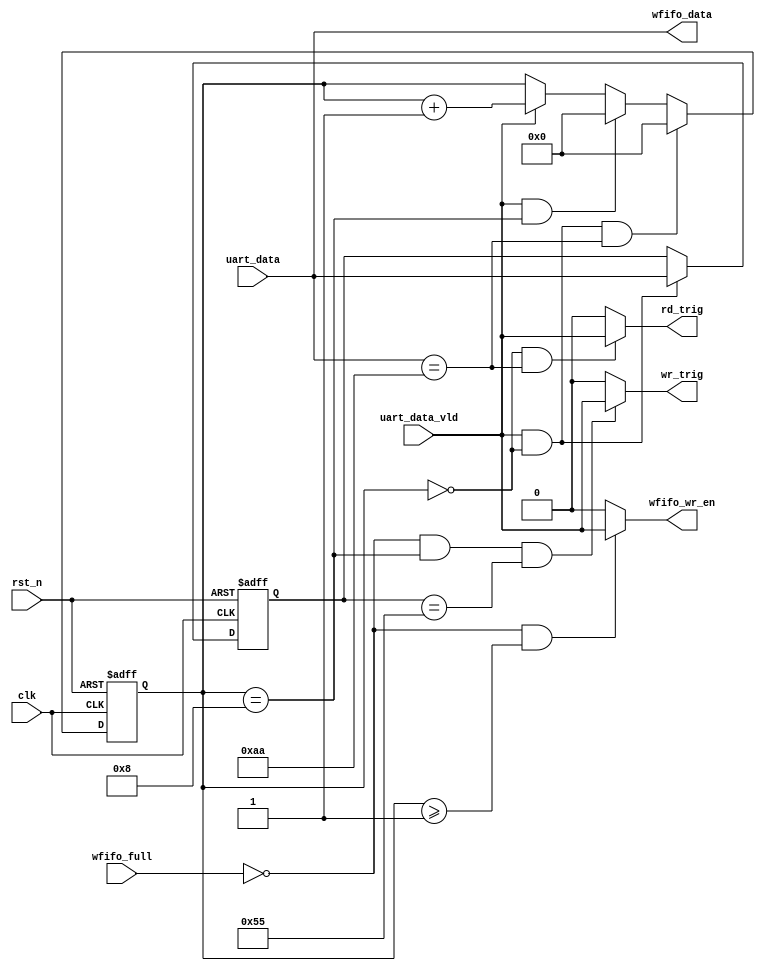
module  cmd_decode(
        // system signals
        input                   clk                    ,
        input                   rst_n                 ,
        // From UART_RX module
        input                   uart_data_vld               ,
        input           [ 7:0]  uart_data               ,
        // Others
		input					wfifo_full				,
        output  wire            wr_trig                 ,
        output  wire            rd_trig                 ,
        output  wire            wfifo_wr_en             ,
        output  wire    [ 7:0]  wfifo_data              
);

//====================================================================\
// ********** Define Parameter and Internal Signals *************
//====================================================================/
localparam      REC_NUM_END     =       'd8                     ;

reg     [ 3:0]                  rec_num                         ;
reg     [ 7:0]                  cmd_reg                         ;

//=================================================================================
// ***************      Main    Code    ****************
//=================================================================================
always  @(posedge clk or negedge rst_n) begin
        if(rst_n == 1'b0)
                rec_num <=      'd0;
        else if(uart_data_vld == 1'b1 && rec_num == 'd0 && uart_data == 8'haa)
                rec_num <=      'd0;
        else if(uart_data_vld == 1'b1 && rec_num == REC_NUM_END)
                rec_num <=      'd0;
        else if(uart_data_vld == 1'b1)
                rec_num <=      rec_num + 1'b1;
end

always  @(posedge clk or negedge rst_n) begin
        if(rst_n == 1'b0)
                cmd_reg <=      8'h00;
        else if(rec_num == 'd0 && uart_data_vld == 1'b1)
                cmd_reg <=      uart_data;
end

assign  wr_trig         =       (wfifo_full == 1'b0 && rec_num == REC_NUM_END && cmd_reg == 8'h55) ? uart_data_vld : 1'b0;
assign  rd_trig         =       (rec_num == 'd0 && uart_data == 8'haa) ? uart_data_vld : 1'b0;
assign  wfifo_wr_en     =       (wfifo_full ==1'b0 && rec_num >= 'd1) ? uart_data_vld : 1'b0;
assign  wfifo_data      =       uart_data;

endmodule